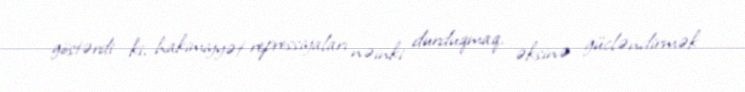
göstərdi ki, hakimiyyət repressiyaları nəinki durduqmaq, əksinə gücləndirmək